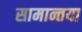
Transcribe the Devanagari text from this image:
सामान्तया